Report of the Hyderabad Chloroform Commission
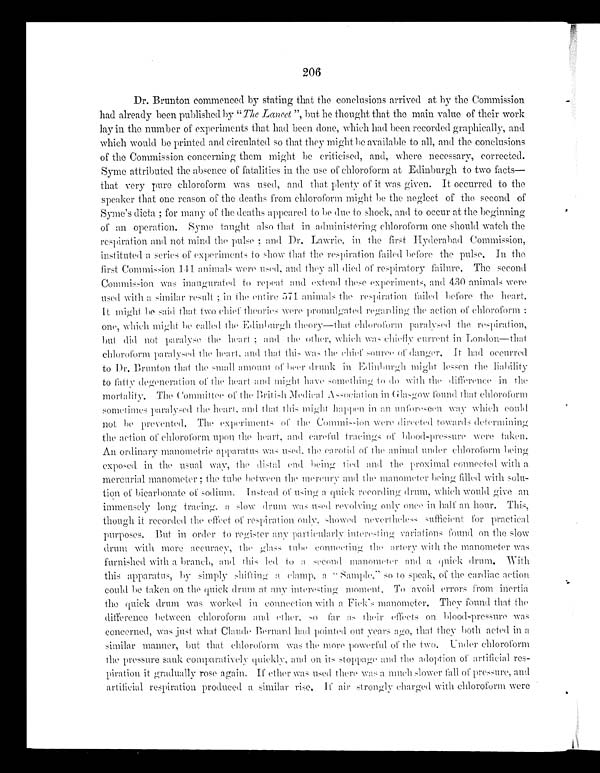
206
Dr. Brunton commenced by stating that the conclusions arrived at by the Commission
had already been published by " The Lancet", but he thought that the main value of their work
lay in the number of experiments that had been done, which had been recorded graphically, and
which would be printed and circulated so that they might be available to all, and the conclusions
of the Commission concerning them might be criticised, and, where necessary, corrected.
Syme attributed the absence of fatalities in the use of chloroform at Edinburgh to two facts—
that very pure chloroform was used, and that plenty of it was given. It occurred to the
speaker that one reason of the deaths from chloroform might be the neglect of the second of
Syme's dicta ; for many of the deaths appeared to be due to shock, and to occur at the beginning
of an operation. Syme taught also that in administering chloroform one should watch the
respiration and not mind the pulse ; and Dr. Lawrie, in the first H yderabad Commission,
in s tituted a series of experiments to showt h a t t h e r e s p i r a t i o n f a i l e d b e f o r et
h e p u l s e . I n t h e
first Commission 141 animals were used, and they all died of respiratory failure. The second
Commission was inaugurated to repeat and extend these experiments, and 430 animals were
used with a similar result ; in the entire 571 animals the respiration failed before the heart.
It might be said that two chief theories were promulgated regarding the action of chloroform :
one, which might be called the Edinburgh theory—that chloroform paralysed the respiration,
but did not paralyse the heart ; and the other, which was chiefly current in London—that
chloroform paralysed the heart, and that this was the chief source of danger. It had occurred
to Dr. Brunton that the small amount of beer drunk in Edinburgh might lessen the
l i a b i l i t y t o f a t t y d e g e n e r a t i o n o f t h e h e a r t a n d m i g h t h a v e s o m e t h i n g t o d o w i t h t h e d i f f e r e n c e i n t h e
mortality. The Committee of the British Medical Association in Glasgow found that chloroform
sometimes paralysed the heart, and that this might happen in an unforeseen way which could
not be prevented. The experiments of the Commission were directed towards determining
the action of chloroform upon the heart, and careful tracing of blood-pressure were
taken.
An ordinary manometric apparatus was used, the carotid of the animal under chloroform being
exposed in the usual way, the distal e n d b e i n g t ie
d a n d
t h e p r o x i m a l
c o n n e c t e d w i t h
a
mercurial manometer ; the tube between the mercury and the manometer being filled with sol-u-
tion of bicarbonate of sodium. Instead of using a quick recording drum, which would give an
immensely long tracing, slow drum was used revolving only once in half an hour. This,
though it recorded the effect of respiration only, showed nevertheless sufficient for practical
purposes. But in order to register any particularly interesting variations found on the slow
drum with more
accuracy, the glass tube connecting
the
artery with the manometer was
furnished with a branch, and this led to a second manometer and a quick drum. With
this apparatus, by simply shifting a clamp, a " S a m p l e , ' ' s o t o s p e a k , o f t h e c a r d i a c a c t i o n
c ould be taken on the quick drum at any interesting moment. To avoid errors from inertia
the quick drum was worked in connection with a Fick's manometer. They found that the
difference between chloroform and ether, so far as their effects on blood -pressure was
concerned, was just what Claude Bernard had pointed out years ago, that they both acted in a
similar manner, but that chloroform was the more powerful of the two. Under chloroform
the pressure sank comparatively quickly, and on its stoppage and the adoption of artificial res--
piration it gradually rose again. If ether was used there was a much slower fall of pressure, and
artificial respiration produced a similar rise. If air strongly charged with chloroform were